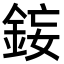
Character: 𨦩